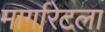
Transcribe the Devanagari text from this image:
मार्गारेटला